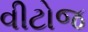
વીટોજ